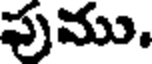
పుము.